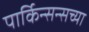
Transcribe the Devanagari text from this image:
पार्किन्सन्सच्या